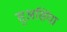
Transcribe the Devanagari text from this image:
सुअसिंया